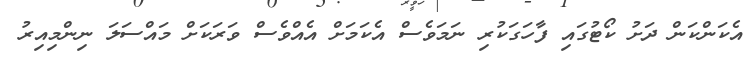
އެކަންކަން ދަށު ކޯޓުގައި ފާހަގަކުރި ނަމަވެސް އެކަމަށް އެއްވެސް ވަރަކަށް މައްސަލަ ނިންމިއިރު